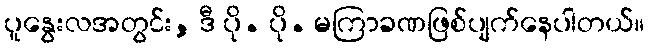
ပူနွေးလအတွင်း, ဒီ ပို. ပို. မကြာခဏဖြစ်ပျက်နေပါတယ်။